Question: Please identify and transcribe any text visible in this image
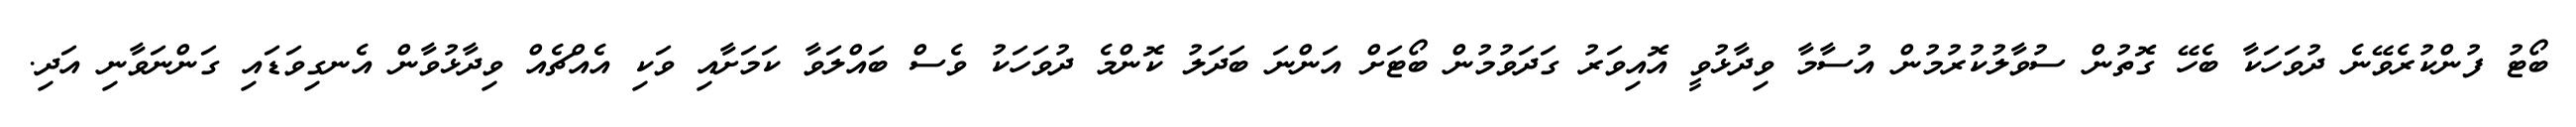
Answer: ބޯޓު ފުންކުރެވޭނެ ދުވަހަކާ ބެހޭ ގޮތުން ސުވާލުކުރުމުން އުސާމާ ވިދާޅުވީ އޮއިވަރު ގަދަވުމުން ބޯޓަށް އަންނަ ބަދަލު ކޮންމެ ދުވަހަކު ވެސް ބައްލަވާ ކަމަށާއި ވަކި އެއްޗެއް ވިދާޅުވާން އެނގިވަޑައި ގަންނަވާނި އަދި.